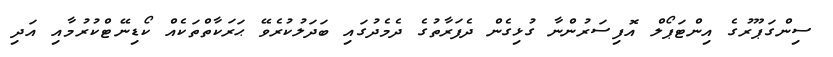
ސިންގަޕޫރުގެ އިންޓަޕޯލް އޮފިސަރުންނާ ގުޅިގެން ދެފަރާތުގެ ދެމެދުގައި ބަދަލުކުރެވޭ ޙަރަކާތްތަކެއް ކޯޑިނޭޓްކުރުމާއި އަދި